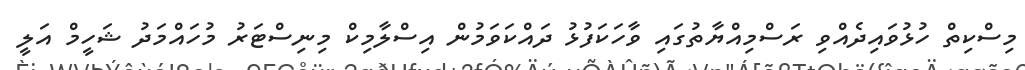
މިސްކިތް ހުޅުވައިދެއްވި ރަސްމިއްޔާތުގައި ވާހަކަފުޅު ދައްކަވަމުން އިސްލާމިކް މިނިސްޓަރު މުހައްމަދު ޝަހީމް އަލީ